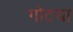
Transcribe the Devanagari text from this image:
गोटया